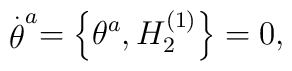
\stackrel{.}{\theta }^{a}=\left\{ \theta ^{a},H_{2}^{\left( 1\right)}\right\} =0,